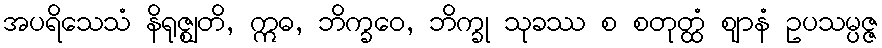
အပရိသေသံ နိရုဇ္ဈတိ, ဣဓ, ဘိက္ခဝေ, ဘိက္ခု သုခဿ စ စတုတ္ထံ ဈာနံ ဥပသမ္ပဇ္ဇ